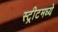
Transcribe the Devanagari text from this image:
स्ट्रीटमध्ये